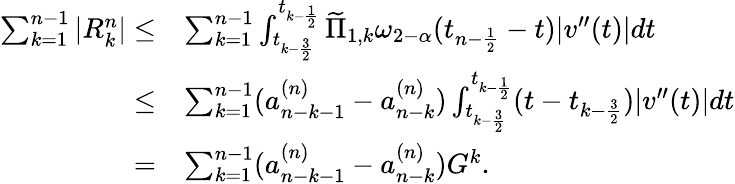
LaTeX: \begin{array}{rl}{\sum_{k=1}^{n-1}|R_{k}^{n}|\le}&{\sum_{k=1}^{n-1}\int_{t_{k-\frac{3}{2}}}^{t_{k-\frac{1}{2}}}\widetilde{\Pi}_{1,k}\omega_{2-\alpha}(t_{n-\frac{1}{2}}-t)|v^{\prime\prime}(t)|dt}\\ {\le}&{\sum_{k=1}^{n-1}(a_{n-k-1}^{(n)}-a_{n-k}^{(n)})\int_{t_{k-\frac{3}{2}}}^{t_{k-\frac{1}{2}}}(t-t_{k-\frac{3}{2}})|v^{\prime\prime}(t)|dt}\\ {=}&{\sum_{k=1}^{n-1}(a_{n-k-1}^{(n)}-a_{n-k}^{(n)})G^{k}.}\end{array}